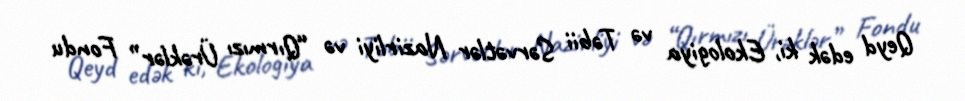
Qeyd edək ki, Ekologiya və Təbii Sərvətlər Nazirliyi və “Qırmızı Ürəklər” Fondu